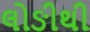
લોઙીથી